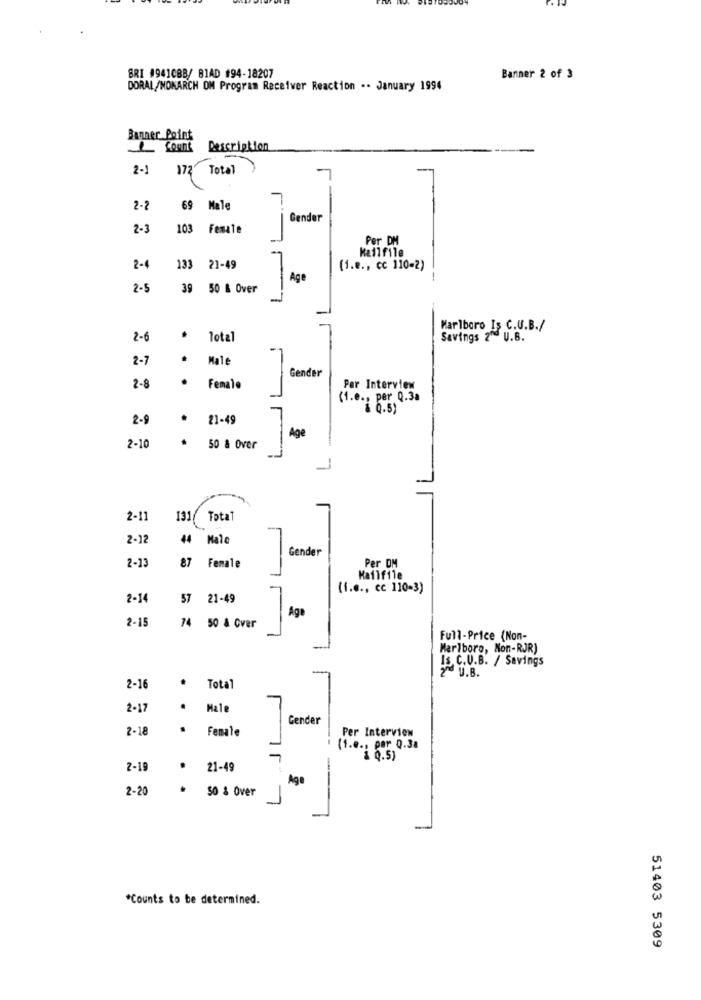
BRI 19410BB/ BIAD #94-18207
Banner 2 of 3
DORAL/MONARCH OM Program Receiver Reaction .. January 1994
Banner Point
L fount
Description
2-1 172 Total
2-2
69
Male
Gender
2-3
103
Female
Per DM
Kallfile
2-4
133 21-49
(1.e ., cc 110-2)
Age
2-5
39
50 & Over
7
Marlboro Is C.U.B./
2-6
.
Total
Savings 2" U.B.
2-7
.
Male
Gender
2-8
.
Female
Per Interview
(1.e ., per 0.3a
& 0.5)
2-9
21-49
Age
2-10
.
50 & Over
2-11
131 Total
2-12
44 Male
Gender
2-13
87 Female
Per DM
Hafifile
(i.e ., cc 110-3)
2-14
57
21-49
2-15
Age
74 50 & Cver
Full-Price (Non-
Marlboro, Non-RJR)
Is C.V.B. / Savings
U.B.
.
2-16
Total
2-17
.
Male
Gender
2-18
.
Female
Per Interview
(1.e ., par 0.38
1 0.5)
2-19
* 21-49
--
Age
2-20
50 & Over
*Counts to be determined.
51403 5309